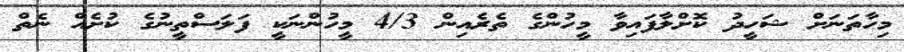
މިހާތަނަށް ޝަހީދު ކޮށްލާފައިވާ މީހުންގެ ތެރެއިން 4/3 މީހުންނަކީ ފަލަސްތީނުގެ ކުށެއް ނެތް